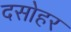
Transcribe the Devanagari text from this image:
दसोहर